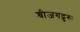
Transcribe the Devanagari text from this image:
श्रीजगद्गुरुः